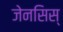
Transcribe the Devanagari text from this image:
जेनसिस्